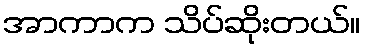
အာကာက သိပ်ဆိုးတယ်။